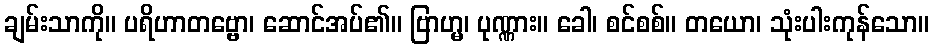
ချမ်းသာကို။ ပရိဟာတဗ္ဗော၊ ဆောင်အပ်၏။ ဗြာဟ္မ၊ ပုဏ္ဏား။ ခေါ၊ စင်စစ်။ တယော၊ သုံးပါးကုန်သော။